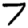
Digit: 7